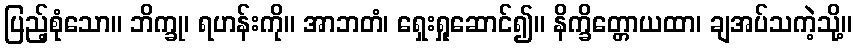
ပြည့်စုံသော။ ဘိက္ခု၊ ရဟန်းကို။ အာဘတံ၊ ရှေးရှုဆောင်၍။ နိက္ခိတ္တောယထာ၊ ချအပ်သကဲ့သို့။